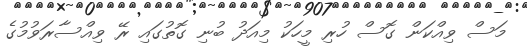
މަސް ވިއްކަން ގޮސް ހުރި މީހަކު މިއަދު ބުނި ގޮތުގައި ރޭ ވިއްސާރަވުމުގެ